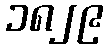
၁၈၂၉